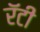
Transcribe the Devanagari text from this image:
रॅटी